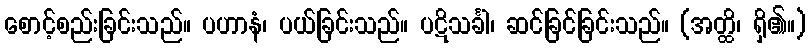
စောင့်စည်းခြင်းသည်။ ပဟာနံ၊ ပယ်ခြင်းသည်။ ပဋိသင်္ခါ၊ ဆင်ခြင်ခြင်းသည်။ (အတ္ထိ၊ ရှိ၏။)